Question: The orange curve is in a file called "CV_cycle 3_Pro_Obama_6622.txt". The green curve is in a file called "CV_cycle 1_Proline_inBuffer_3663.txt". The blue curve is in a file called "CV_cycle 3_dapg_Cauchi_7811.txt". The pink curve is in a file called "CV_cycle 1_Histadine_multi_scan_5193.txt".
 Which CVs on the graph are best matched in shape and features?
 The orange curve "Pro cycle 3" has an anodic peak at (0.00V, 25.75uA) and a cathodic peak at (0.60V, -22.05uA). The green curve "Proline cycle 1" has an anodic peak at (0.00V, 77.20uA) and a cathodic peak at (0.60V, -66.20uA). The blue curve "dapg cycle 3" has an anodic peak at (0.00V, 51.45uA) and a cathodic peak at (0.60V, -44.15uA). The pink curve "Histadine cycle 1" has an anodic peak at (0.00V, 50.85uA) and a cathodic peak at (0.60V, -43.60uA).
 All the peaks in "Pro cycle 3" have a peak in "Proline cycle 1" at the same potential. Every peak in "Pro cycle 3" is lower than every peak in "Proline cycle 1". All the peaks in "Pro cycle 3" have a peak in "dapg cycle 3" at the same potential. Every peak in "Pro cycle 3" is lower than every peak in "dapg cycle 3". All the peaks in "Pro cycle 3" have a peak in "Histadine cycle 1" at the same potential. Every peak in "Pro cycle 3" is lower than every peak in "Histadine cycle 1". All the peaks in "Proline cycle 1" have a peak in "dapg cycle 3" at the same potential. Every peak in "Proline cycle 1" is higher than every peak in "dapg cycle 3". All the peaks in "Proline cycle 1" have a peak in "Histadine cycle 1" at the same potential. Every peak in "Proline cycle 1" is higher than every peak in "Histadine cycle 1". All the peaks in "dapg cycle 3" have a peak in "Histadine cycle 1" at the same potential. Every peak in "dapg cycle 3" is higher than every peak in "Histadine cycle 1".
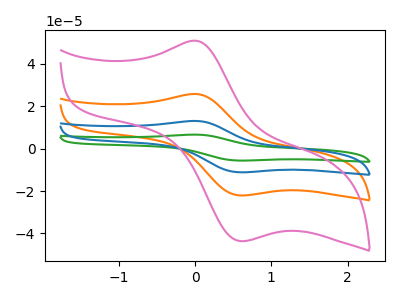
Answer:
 <answer>"Histadine cycle 1", "Pro cycle 3", "Proline cycle 1" and "dapg cycle 3" have the same shape and are likely CV's of the same chemical.</answer>
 <eval>"Histadine cycle 1" "Pro cycle 3" "Proline cycle 1" "dapg cycle 3"</eval>